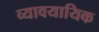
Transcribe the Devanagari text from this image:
व्‍यावयायिक